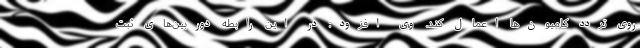
روی تردد کامیون‌ها اعمال کند. وی افزود: در این رابطه دوربین‌های ثبت